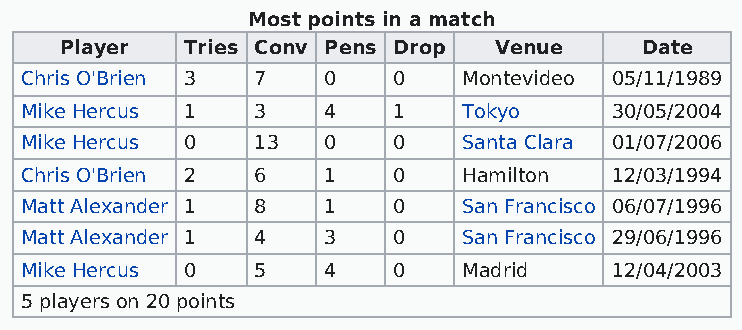
Most points in a match
 Player  Tries Conv Pens Drop Venue    Date
 Chris O'Brien 3 7   0    0    Montevideo 05/11/1989
 Mike Hercus 1   3   4    1    Tokyo    30/05/2004
 Mike Hercus 0   13  0    0    Santa Clara 01/07/2006
 Chris O'Brien 2 6   1    0    Hamilton 12/03/1994
 Matt Alexander 1 8  1    0    San Francisco 06/07/1996
 Matt Alexander 1 4  3    0    San Francisco 29/06/1996
 Mike Hercus 0   5   4    0    Madrid   12/04/2003
 5 players on 20 points